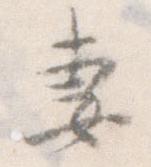
妻